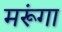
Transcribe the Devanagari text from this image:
मरूंगा